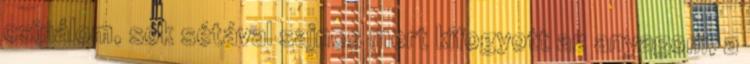
csinálom, sok sétával sajnos mert kifogyott az anyagom, a